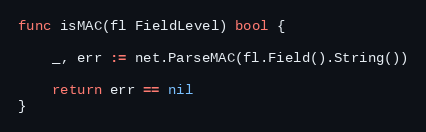
Language: Go
func isMAC(fl FieldLevel) bool {

	_, err := net.ParseMAC(fl.Field().String())

	return err == nil
}